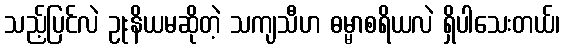
သည့်ပြင်လဲ ဥုးနိယမဆိုတဲ့ သကျသီဟ ဓမ္မာစရိယလဲ ရှိပါသေးတယ်၊